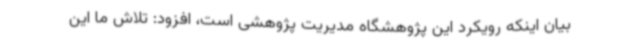
بیان اینکه رویکرد این پژوهشگاه مدیریت پژوهشی است، افزود: تلاش ما این